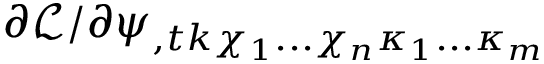
{ \partial \mathcal L } / { \partial \psi _ { , t k \chi _ { 1 } . . . \chi _ { n } \kappa _ { 1 } . . . \kappa _ { m } } }